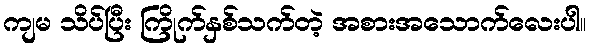
ကျမ သိပ်ပြီး ကြိုက်နှစ်သက်တဲ့ အစားအသောက်လေးပါ။